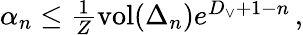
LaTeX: \begin{array}{r}{\alpha_{n}\le\frac{1}{Z}\textrm{vol}(\Delta_{n})e^{D_{\vee}+1-n}\, ,}\end{array}